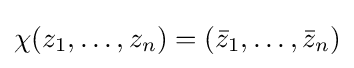
\chi (z_{1},\ldots ,z_{n})=({\bar {z}}_{1},\ldots ,{\bar {z}}_{n})